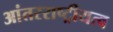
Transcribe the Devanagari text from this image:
आंतरराष्ट्रीयत्व